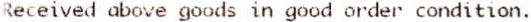
RECEIVED ABOVE GOODS IN GOOD ORDER CONDITION.